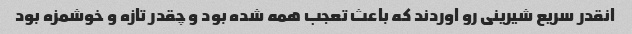
انقدر سریع شیرینی رو اوردند که باعث تعجب همه شده بود و چقدر تازه و خوشمزه بود